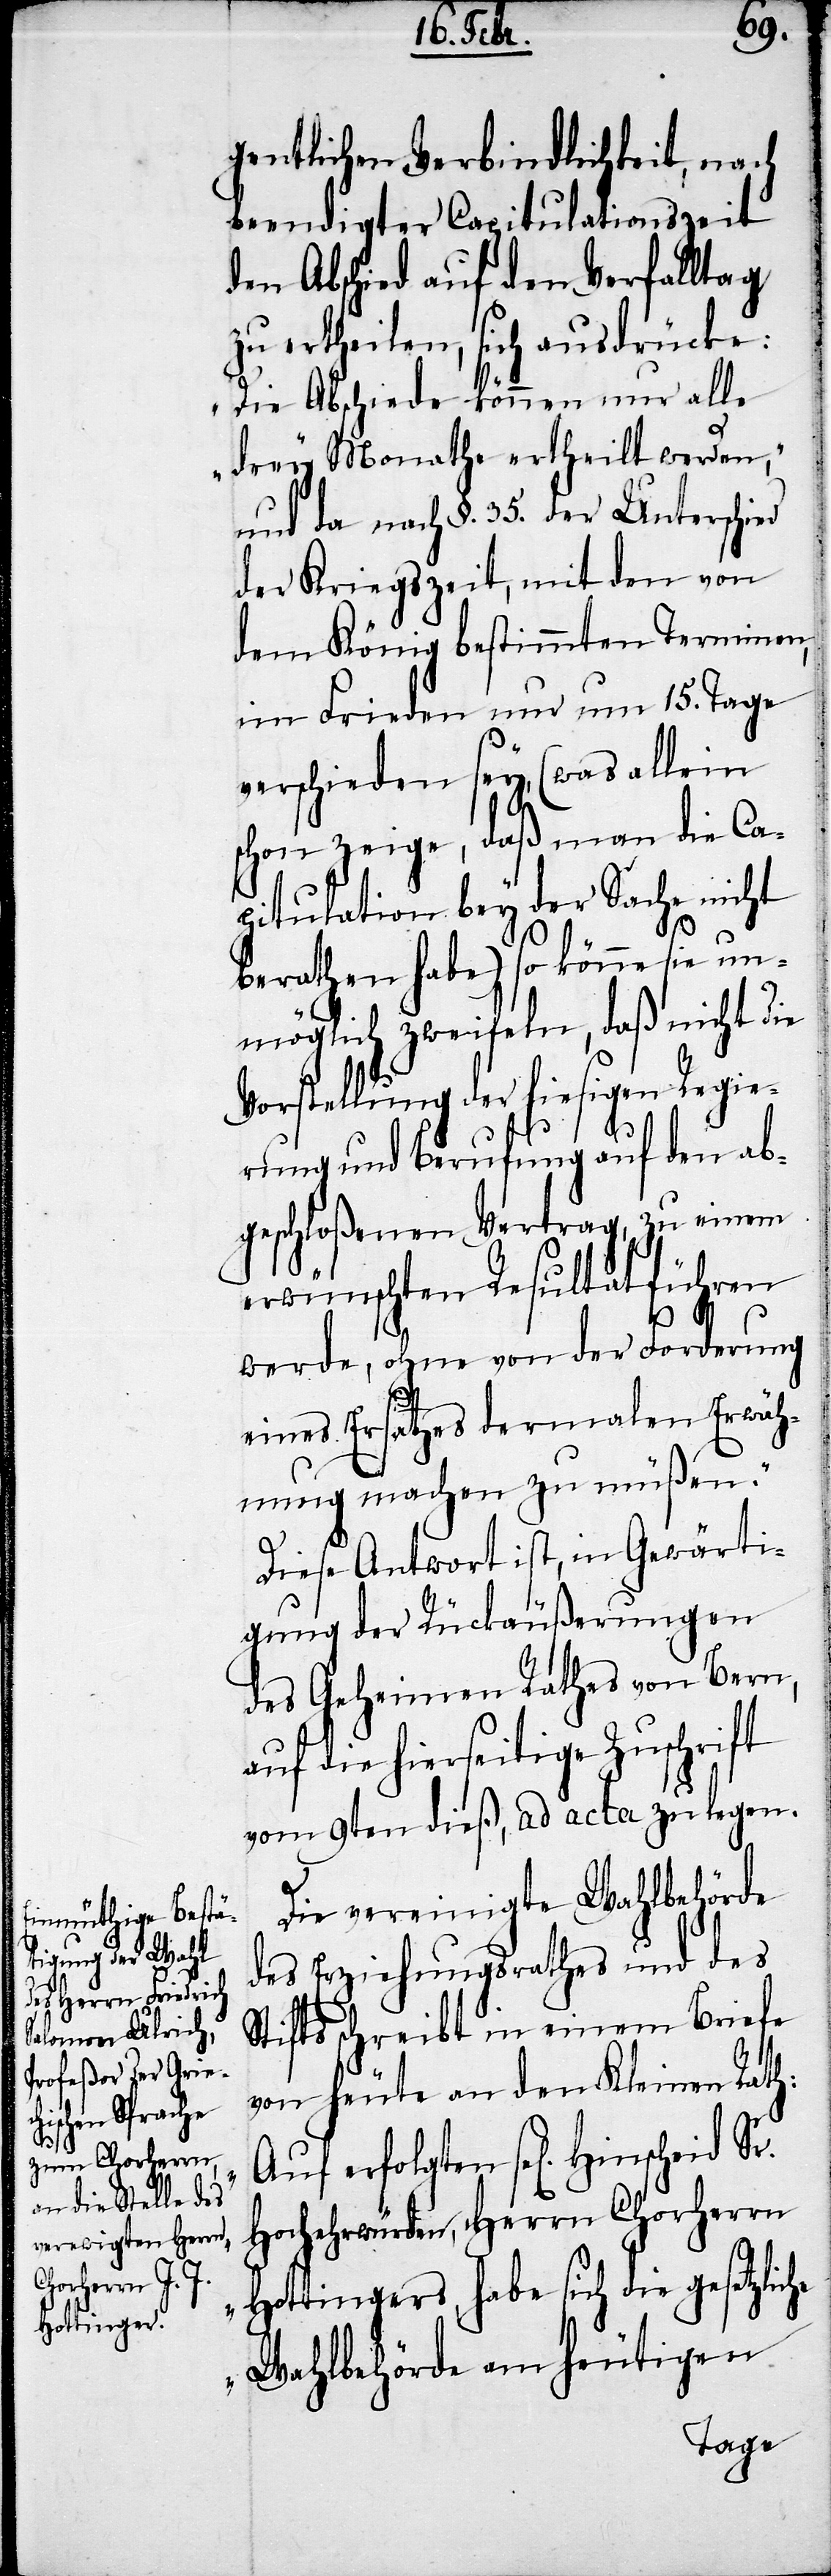
nscheid Sr.

gentlichen Verbindlichkeit, nach
beendigter Capitulationszeit
den Abschied auf den Verfalltag
zu ertheilen, sich ausdrücke:
„Die Abschiede können nur alle
drey Monathe ertheilt werden“,
und da nach §. 35. der Unterschied
der Kriegszeit, mit den von
dem König bestimmten Terminen,
im Frieden nur um 15. Tage
verschieden sey, (was allein
schon zeige, daß man die Ca¬
pitulation bey der Sache nicht
berathen habe) so könne sie un¬
möglich zweifeln, daß nicht die
Vorstellung der hiesigen Regie¬
rung und Berufung auf den ab¬
geschloßenen Vertrag, zu einem
erwünschten Resultat führen
werde, ohne von der Forderung
eines Ersatzes dermalen Erwäh¬
nung machen zu müßen."
Diese Antwort ist, in Gewärti¬
gung der Rückäußerungen
des Geheimen Rathes von Bern,
auf die hierseitige Zuschrift
vom 9ten dieß, ad acta zu legen.
S¬
Die vereinigte Wahlbehörde
des Erziehungsrathes und des
tifts schreibt in einem Briefe
von heute an den Kleine Rath:
„Auf erfolgten sel[igen] Hi¬
Hochehrwürden, Herrn Chorherrn
Hottingers, habe sich die gesetzliche
Wahlbehörde am heutigen